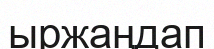
ыржаңдап